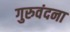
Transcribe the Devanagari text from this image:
गुरुवंदना